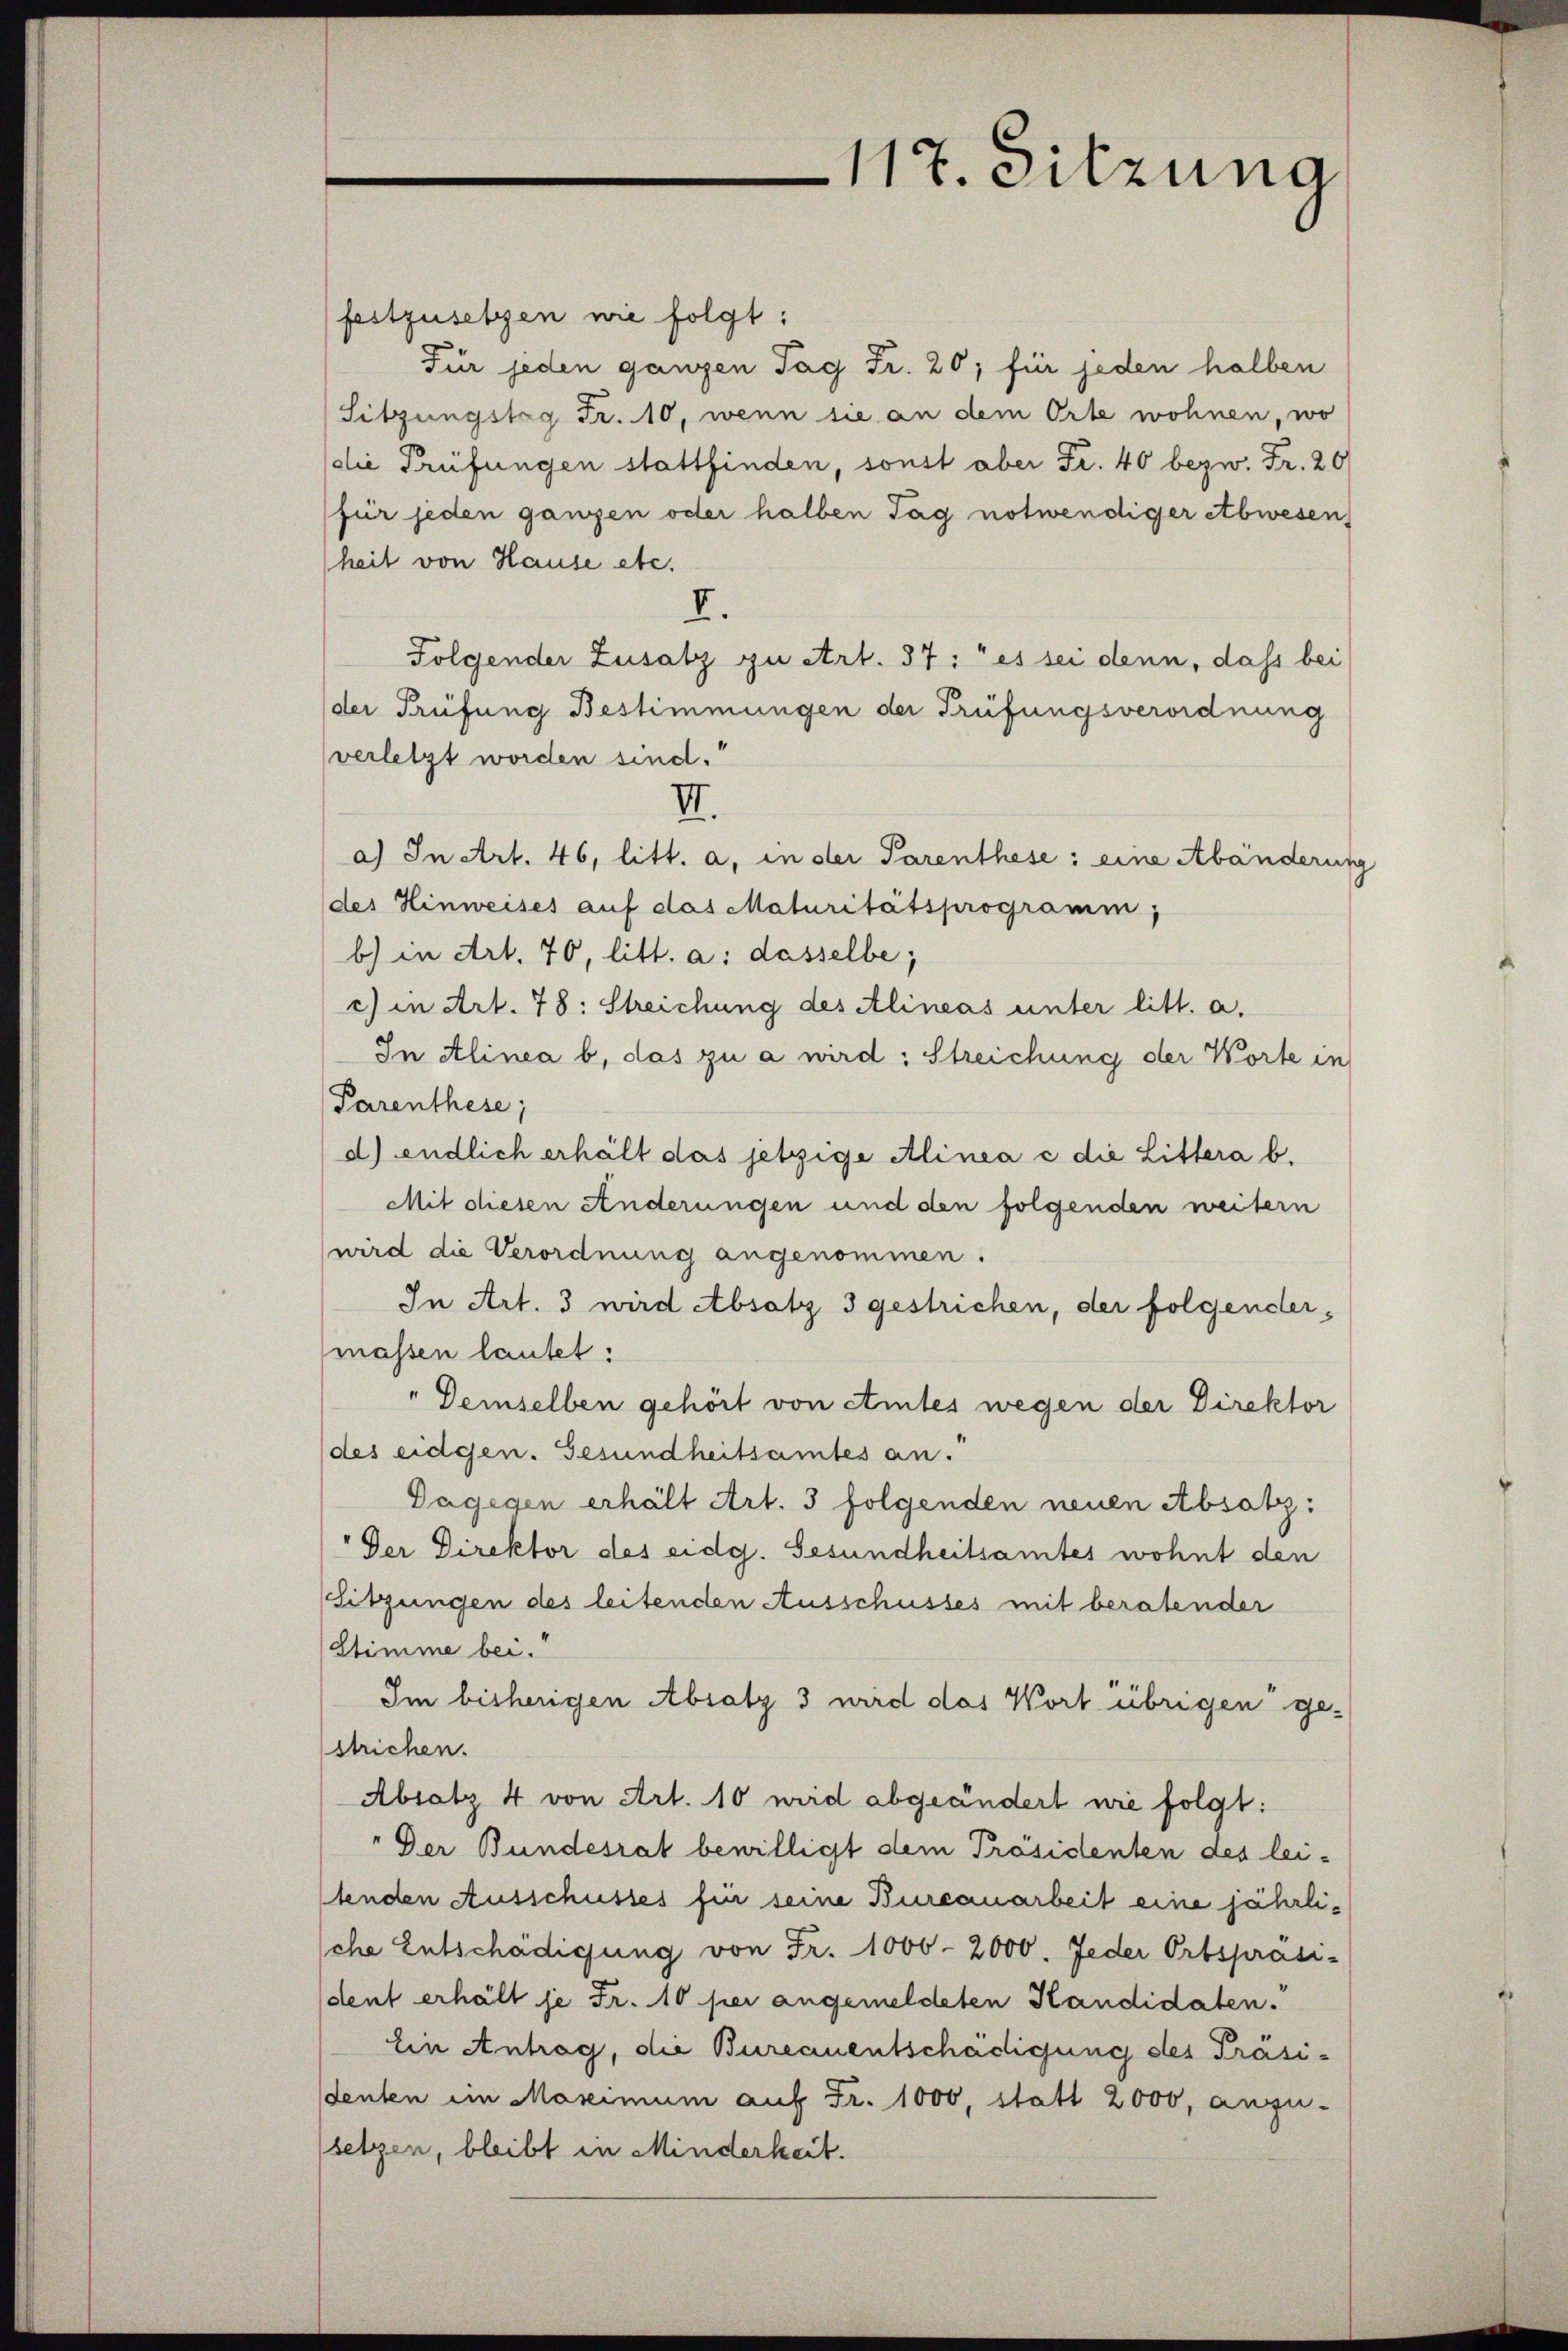
festzusetzen wie folgt:
Für jeden ganzen Tag Fr. 20; für jeden halben
Sitzungstag Fr. 10, wenn sie an dem Orte wohnen, wo
die Prüfungen stattfinden, sonst aber Fr. 40 bezw. Fr. 20
für jeden ganzen oder halben Tag notwendiger etbwesen,
heit von Hause etc.
I.
Folgender Zusatz zu Art. 37: "es sei denn, dass bei
der Prüfung Bestimmungen der Prüfungsverordnung
verletzt worden sind.“
III.
a) In Art. 46, litt. a, in der Parenthese: eine Abänderung
des Hinweises auf das Maturitätsprogramm,
b) in Art. 70, litt. a: dasselbe,
c) in Art. 78: Streichung des Alineas unter litt. a.
In Alinea b, das zu a wird: Streichung der Worte in
Parenthese;
d) endlich erhält das jetzige Alinea c die Littera b.
Mit diesen Anderungen und den folgenden weitern
wird die Verordnung angenommen.
In Art. 3 wird Absatz 3 gestrichen, der folgendermassen lautet:
"Demselben gehört von eintes wegen der Direktor
des eidgen. Gesundheitsamtes an.
Dagegen erhält Art. 3 folgenden neuen Absatz:
"Der Direktor des eidg. Gesundheitsamtes wohnt den
Sitzungen des leitenden Ausschusses mit beratender
Stimme bei.
Im bisherigen Absatz 3 wird das Wort übrigen gestrichen.
Absatz 4 von Art. 10 wird abgeändert wie folgt:
"Der Bundesrat bewilligt dem Präsidenten des lei-
tenden Ausschusses für seine Bureauarbeit eine jährlische Entschädigung von Fr. 1000-2000. Jeder Ortspräsi-
dent erhält je Fr. 10 per angemeldeten Kandidaten.
Ein Antrag, die Bureauentschädigung des Präsidenten im Maximum auf Fr. 1000, statt 2000, anzu-
setzen, bleibt in Minderkeit.

117. Sitzung